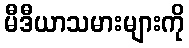
မီဒီယာသမားများကို